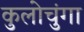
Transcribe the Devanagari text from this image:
कुलोचुंगा